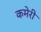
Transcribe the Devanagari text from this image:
कमेरी